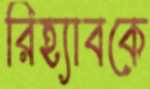
রিহ্যাবকে